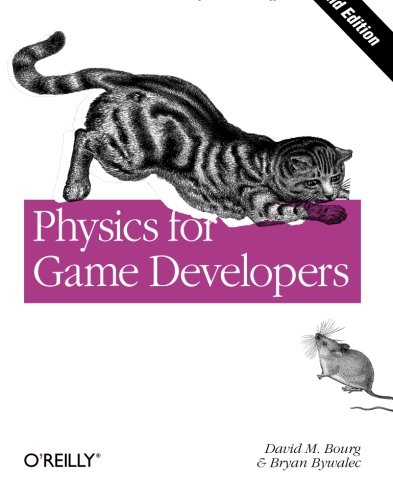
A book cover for Physics for Game Developers: Science, math, and code for realistic effects; David M Bourg; Science & Math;